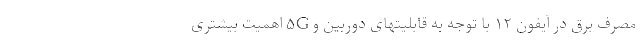
مصرف برق در آیفون ۱۲ با توجه به قابلیتهای دوربین و ۵G اهمیت بیشتری